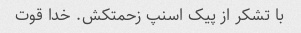
با تشکر از پیک اسنپ زحمتکش. خدا قوت